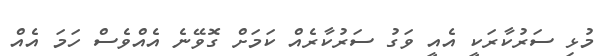
މުޅި ސަރުކާރަކީ އެއީ ވަަގު ސަރުކާރެއް ކަމަށް ގޮވޭނެ އެއްވެސް ހަމަ އެއް